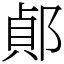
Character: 𨜓